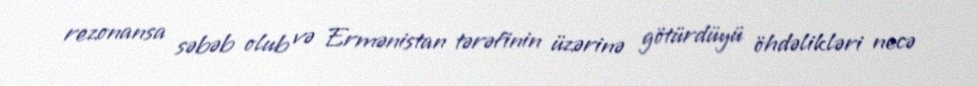
rezonansa səbəb olub və Ermənistan tərəfinin üzərinə götürdüyü öhdəlikləri necə